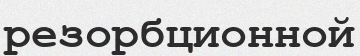
резорбционной